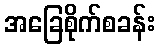
အခြေစိုက်စခန်း